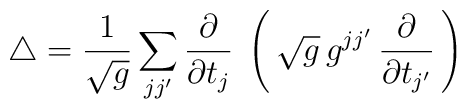
\triangle={1\over \sqrt{g}}\sum_{jj'}{\partial\over\partial t_j}\;\left(\,\sqrt{g}\,g^{jj'}\,{\partial\over\partial t_{j'}}\,\right)